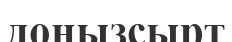
доңызсырт